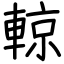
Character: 輬